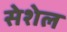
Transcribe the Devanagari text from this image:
सेशेल